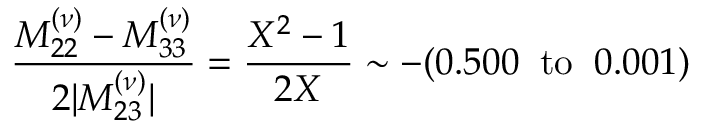
\frac { M _ { 2 2 } ^ { ( \nu ) } - M _ { 3 3 } ^ { ( \nu ) } } { 2 | M _ { 2 3 } ^ { ( \nu ) } | } = \frac { X ^ { 2 } - 1 } { 2 X } \sim - ( 0 . 5 0 0 \; \; \mathrm { t o } \; \; 0 . 0 0 1 )